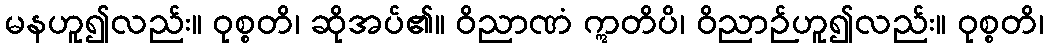
မနဟူ၍လည်း။ ဝုစ္စတိ၊ ဆိုအပ်၏။ ဝိညာဏံ ဣတိပိ၊ ဝိညာဉ်ဟူ၍လည်း။ ဝုစ္စတိ၊